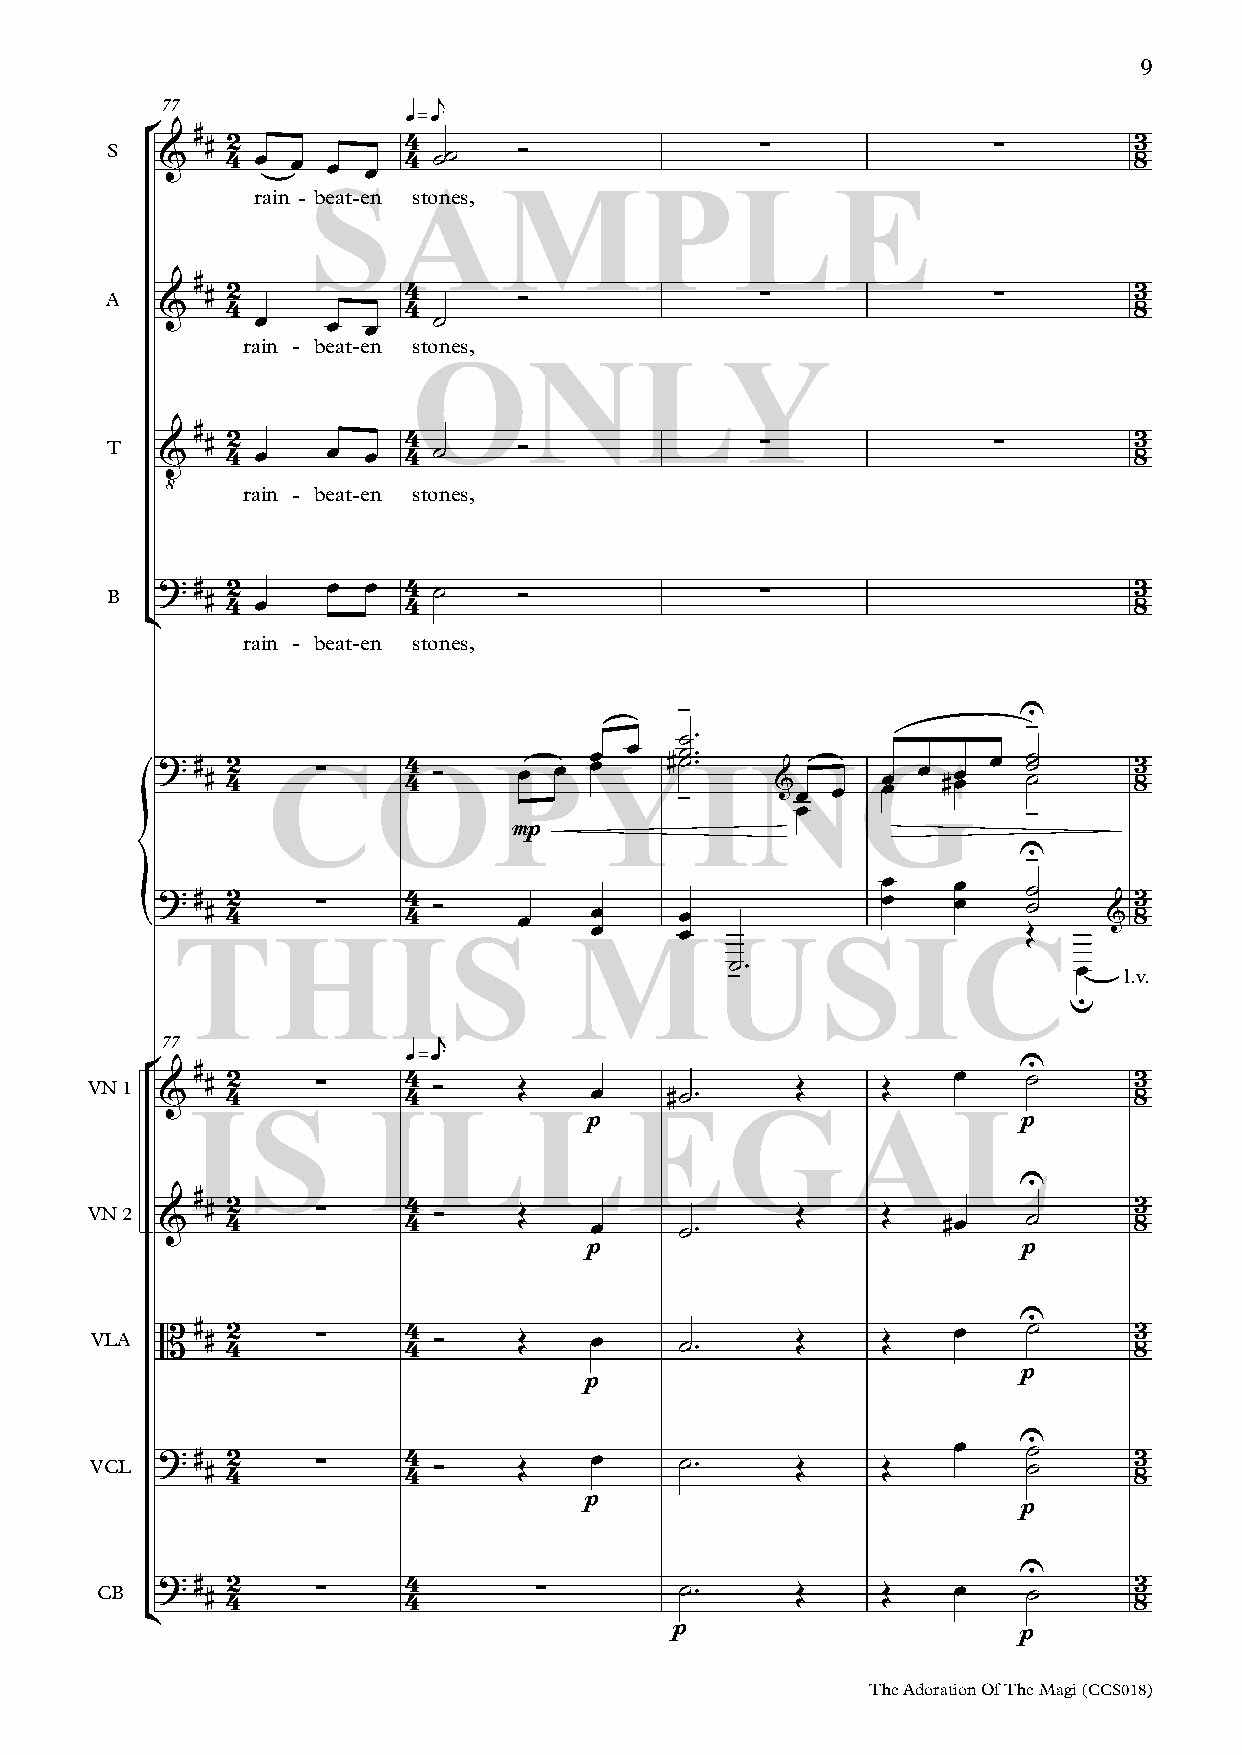
9
 S  ° &77 # # 42 œ œ œ œ 4 4q = ee ˙˙ Ó     ∑               ∑        83
 SAMPLE
 rain - beat-en stones,
 #
 # 2          4      Ó               ∑               ∑        3
 &   4           4                                               8
 A         œ    œ œ    ˙
 rain - beat-en stones,
 ONLY
 #
 &  # 42 œ  œ œ  4 4 ˙  Ó               ∑               ∑        83
 T
 ‹
 rain - beat-en stones,
 ?# # 42 œ  œ œ  4 4 ˙  Ó               ∑                        83
 B  ¢
 rain - beat-en stones,
 -                      U
 -
 ˙™
 ?# # 42 C∑    O4 4 Ó  Pœ  œ Yœœ œ # -˙ ˙ I™ ™ N
 &œ  œ
 G œœ œ #œœ œ ˙˙ ˙ 83
 {                                           œ              -
 mp
 U-
 œ    œ    ˙
 ?# # 42   ∑     4 4 Ó  œ    œœ    œœ           œ    œ    Œ˙   & 83
 THIS                       MUSIC
 -˙™                    œ
 u  l.v.
 ° &77 # # 42 ∑   4 4q = ee Ó Œ œ  #˙™      Œ    Œ    œ    U ˙    83
 VN 1
 IS         ILLEGAL
 p                            p
 U
 #
 VN 2 &  # 42   ∑     4 4 Ó  Œ    œ     ˙™      Œ    Œ   #œ    ˙      83
 p                            p
 U
 # 2           4                                   œ    ˙      3
 B  # 4    ∑     4 Ó    Œ    œ     ˙™      Œ    Œ                8
 VLA
 p
 p
 œ    U ˙
 ?# # 42   ∑     4 4 Ó  Œ    œ     ˙™      Œ    Œ         ˙      83
 VCL
 p
 p
 U
 ?# # 42   ∑     4 4     ∑         ˙™      Œ    Œ    œ    ˙      83
 CB  ¢
 p                      p
 The Adoration Of The Magi (CCS018)